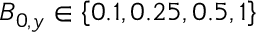
B _ { 0 , y } \in \left\lbrace 0 . 1 , 0 . 2 5 , 0 . 5 , 1 \right\rbrace